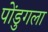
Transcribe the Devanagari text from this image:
पोंडुगला